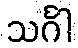
သင်္ဂါ